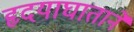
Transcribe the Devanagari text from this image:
हृदयाघाताने